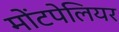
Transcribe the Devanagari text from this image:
मोंटपेलियर